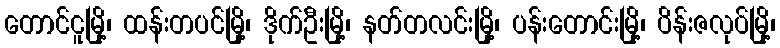
တောင်ငူမြို့၊ ထန်းတပင်မြို့၊ ဒိုက်ဦးမြို့၊ နတ်တလင်းမြို့၊ ပန်းတောင်းမြို့၊ ပိန်းဇလုပ်မြို့၊